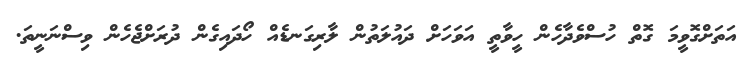
އަތަށްގޮވީމަ ގޮތް ހުސްވެދާހެން ހީވާތީ އަވަހަށް ދައުލަތުން ލާރިގަނޑެއް ހޯދައިގެން ދުރަށްޖެހެން ވިސްނަނީތަ.